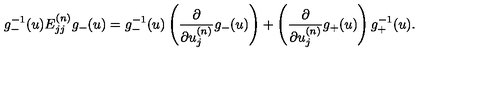
g _ { - } ^ { - 1 } ( u ) E _ { j j } ^ { ( n ) } g _ { - } ( u ) = g _ { - } ^ { - 1 } ( u ) \left( \frac { \partial } { \partial u _ { j } ^ { ( n ) } } g _ { - } ( u ) \right) + \left( \frac { \partial } { \partial u _ { j } ^ { ( n ) } } g _ { + } ( u ) \right) g _ { + } ^ { - 1 } ( u ) .